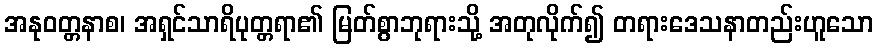
အနုဝတ္တနာစ၊ အရှင်သာရိပုတ္တရာ၏ မြတ်စွာဘုရားသို့ အတုလိုက်၍ တရားဒေသနာတည်းဟူသော